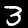
Digit: 3